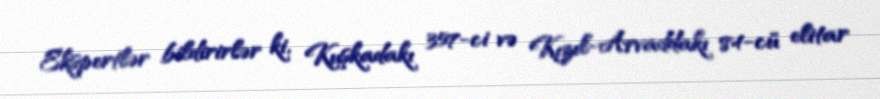
Ekspertlər bildirirlər ki, Kuşkadakı 357-ci və Kızıl-Arvaddakı 84-cü elitar